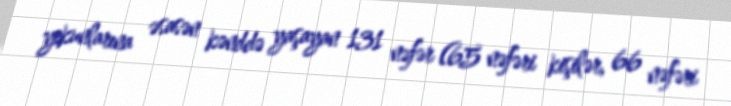
yekunlarına əsasən kənddə yaşayan 131 nəfər (65 nəfəri kişilər, 66 nəfəri